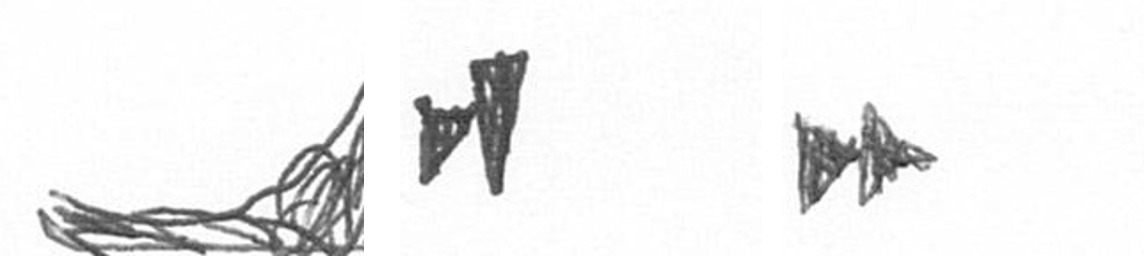
O M A